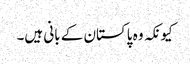
کیونکہ وہ پاکستان کے بانی ہیں۔